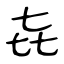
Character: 㐂